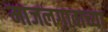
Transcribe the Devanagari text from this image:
माजलगावाच्या